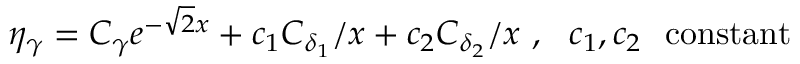
\eta _ { \gamma } = C _ { \gamma } e ^ { - \sqrt { 2 } x } + c _ { 1 } C _ { \delta _ { 1 } } / x + c _ { 2 } C _ { \delta _ { 2 } } / x \ , \ \ c _ { 1 } , c _ { 2 } \ \ \mathrm { c o n s t a n t }